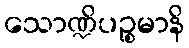
သောဏ္ဍိပဉ္စမာနိ